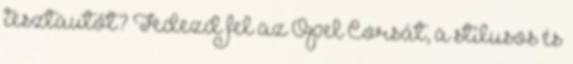
tesztautót? Fedezd fel az Opel Corsát, a stílusos és